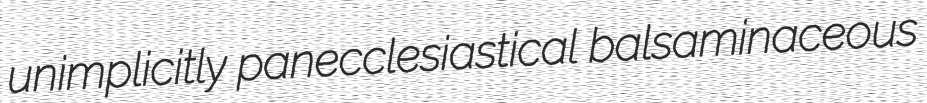
unimplicitly panecclesiastical balsaminaceous